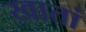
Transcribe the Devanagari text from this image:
खातां